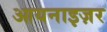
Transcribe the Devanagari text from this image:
आयनाइज़र